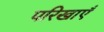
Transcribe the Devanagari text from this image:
परिखाएँ